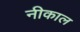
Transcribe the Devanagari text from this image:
नीकाल